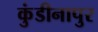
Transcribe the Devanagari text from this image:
कुंडीनापुर